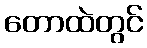
တောထဲတွင်